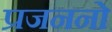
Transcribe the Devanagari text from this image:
प्रजननो